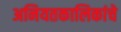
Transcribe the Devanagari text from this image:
अनियतकालिकांचे